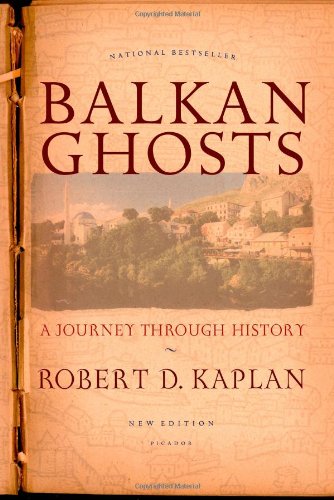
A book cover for Balkan Ghosts: A Journey Through History; Robert D. Kaplan; Travel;